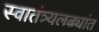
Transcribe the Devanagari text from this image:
स्वातंत्र्यलढ्यांत